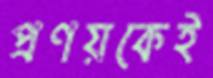
প্রণয়কেই